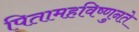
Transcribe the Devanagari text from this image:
पितामहविष्णुनते